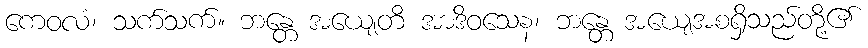
ကေဝလံ၊ သက်သက်။ ဘန္တေ အယျေတိ အာဒိဝသေန၊ ဘန္တေ အယျေအစရှိသည်တို့၏